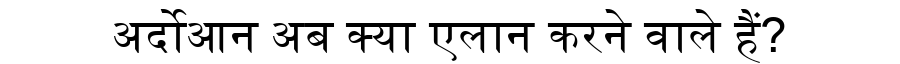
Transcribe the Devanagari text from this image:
अर्दोआन अब क्या एलान करने वाले हैं?